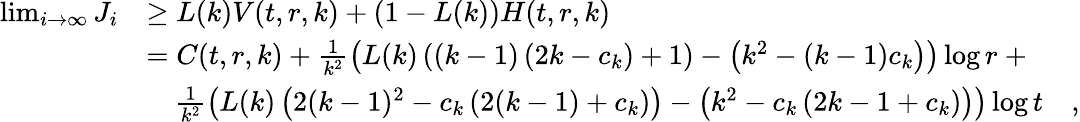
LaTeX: \begin{array}{rlr}{\operatorname*{lim}_{i\to\infty}J_{i}}&{\ge L(k)V(t,r,k)+(1-L(k))H(t,r,k)}\\ &{=C(t,r,k)+\frac{1}{k^{2}}\left(L(k)\left((k-1)\left(2k-c_{k}\right)+1\right)-\left(k^{2}-(k-1)c_{k}\right)\right)\log r\ +}\\ &{\ \ \ \ \frac{1}{k^{2}}\left(L(k)\left(2(k-1)^{2}-c_{k}\left(2(k-1)+c_{k}\right)\right)-\left(k^{2}-c_{k}\left(2k-1+c_{k}\right)\right)\right)\log t}&{,}\end{array}